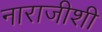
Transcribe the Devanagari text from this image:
नाराजीशी